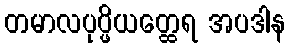
တမာလပုပ္ဖိယတ္ထေရ အပဒါန